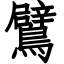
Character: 鷿